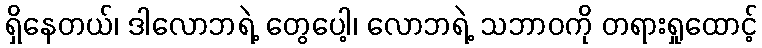
ရှိနေတယ်၊ ဒါလောဘရဲ့ တွေပေါ့၊ လောဘရဲ့ သဘာဝကို တရားရှုထောင့်